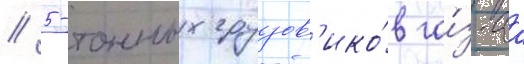
/ 5-тонных грузов'ико́в га́з-аа